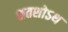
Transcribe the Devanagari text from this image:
शतशोऽथ